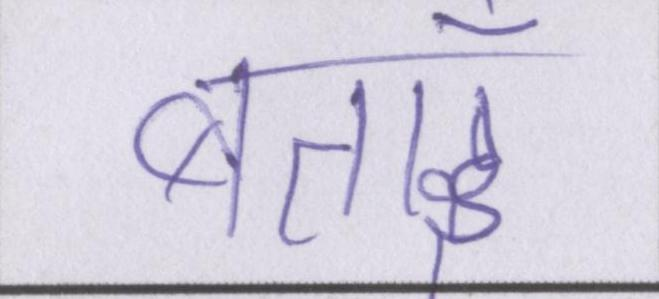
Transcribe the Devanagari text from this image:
बताईँ